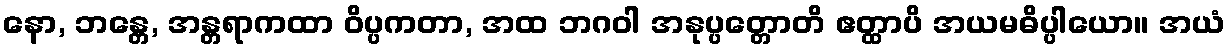
နော, ဘန္တေ, အန္တရာကထာ ဝိပ္ပကတာ, အထ ဘဂဝါ အနုပ္ပတ္တောတိ ဧတ္ထာပိ အယမဓိပ္ပါယော။ အယံ